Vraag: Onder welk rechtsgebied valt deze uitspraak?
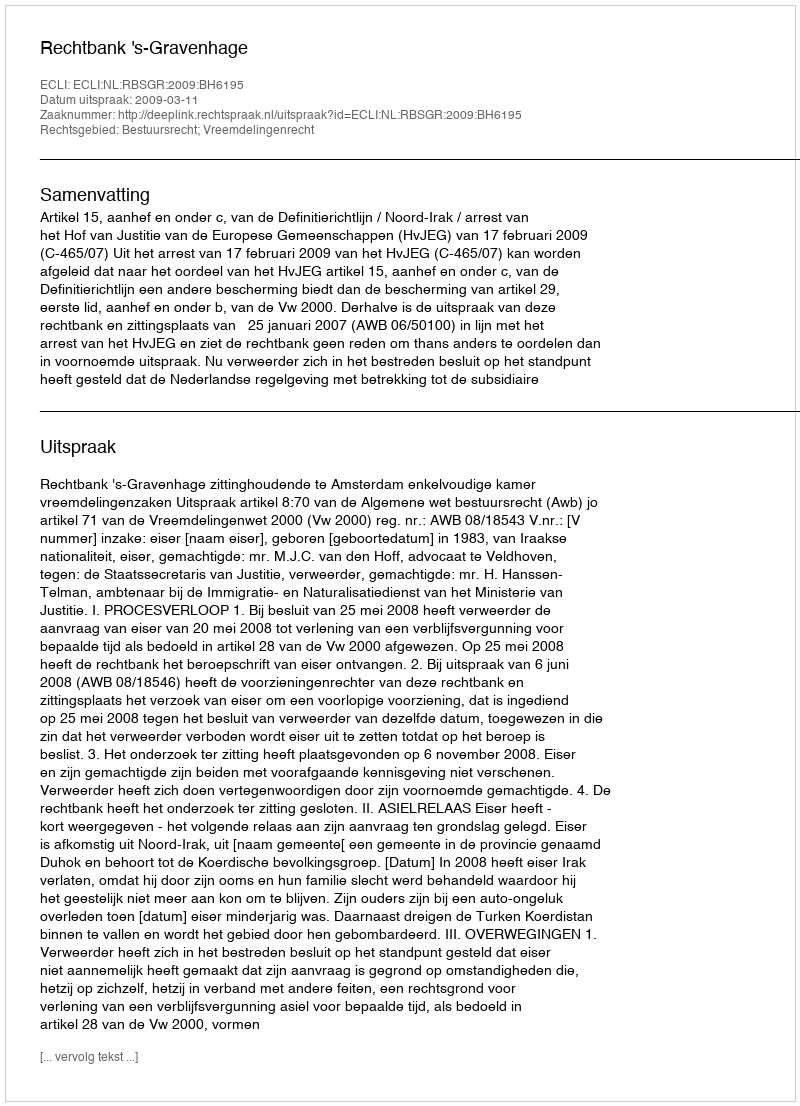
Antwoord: Bestuursrecht; Vreemdelingenrecht